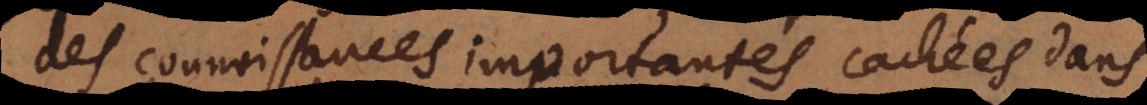
des connoissances importantes cachées dans